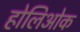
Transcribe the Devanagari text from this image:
होलिओक